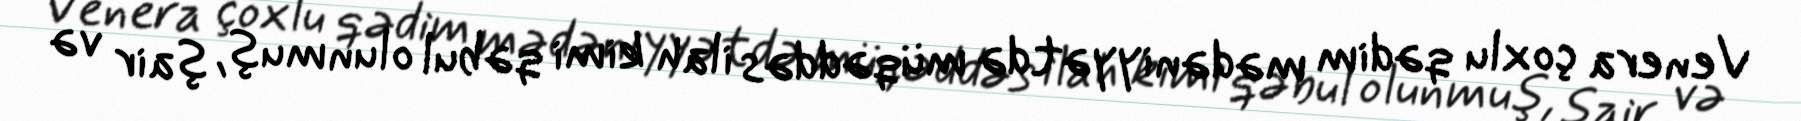
Venera çoxlu qədim mədəniyyətdə müqəddəs ilah kimi qəbul olunmuş, şair və